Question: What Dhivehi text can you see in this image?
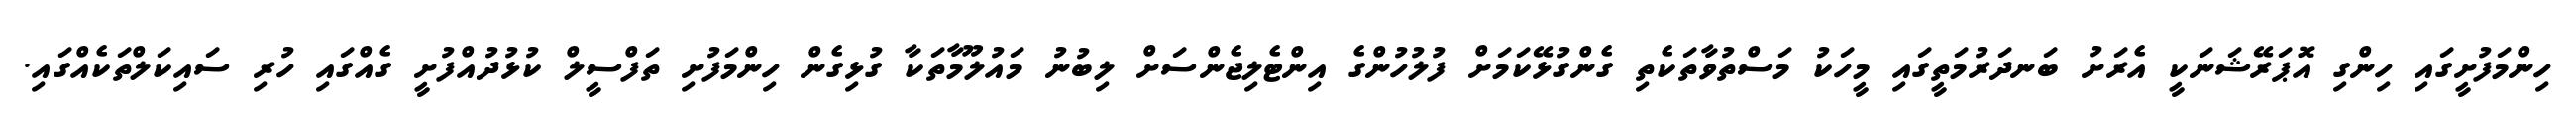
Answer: ހިންމަފުށީގައި ހިންގި އޮޕަރޭޝަނަކީ އެރަށު ބަނދަރުމަތީގައި މީހަކު މަސްތުވާތަކެތި ގެންގުޅޭކަމަށް ފުލުހުންގެ އިންޓެލިޖެންސަށް ލިބުނު މައުލޫމާތަކާ ގުޅިގެން ހިންމަފުށި ތަފްސީލް ކުޅުދުއްފުށީ ގެއްގައި ހުރި ސައިކަލްތަކެއްގައި.